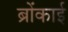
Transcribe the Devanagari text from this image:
ब्रोंकाई